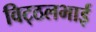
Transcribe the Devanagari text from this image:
विट्‍ठलभाई